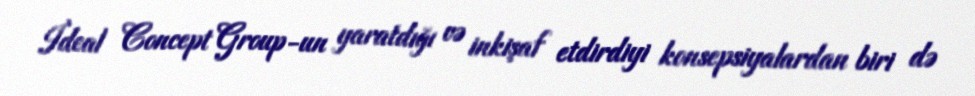
İdeal Concept Group-un yaratdığı və inkişaf etdirdiyi konsepsiyalardan biri də